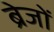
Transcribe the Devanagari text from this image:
ब्रेजों